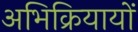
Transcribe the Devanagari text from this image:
अभिक्रियायों